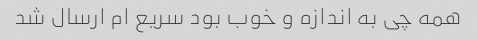
همه چی به اندازه و خوب بود سریع ام ارسال شد